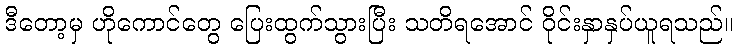
ဒီတော့မှ ဟိုကောင်တွေ ပြေးထွက်သွားပြီး သတိရအောင် ဝိုင်းနှာနှပ်ယူရသည်။